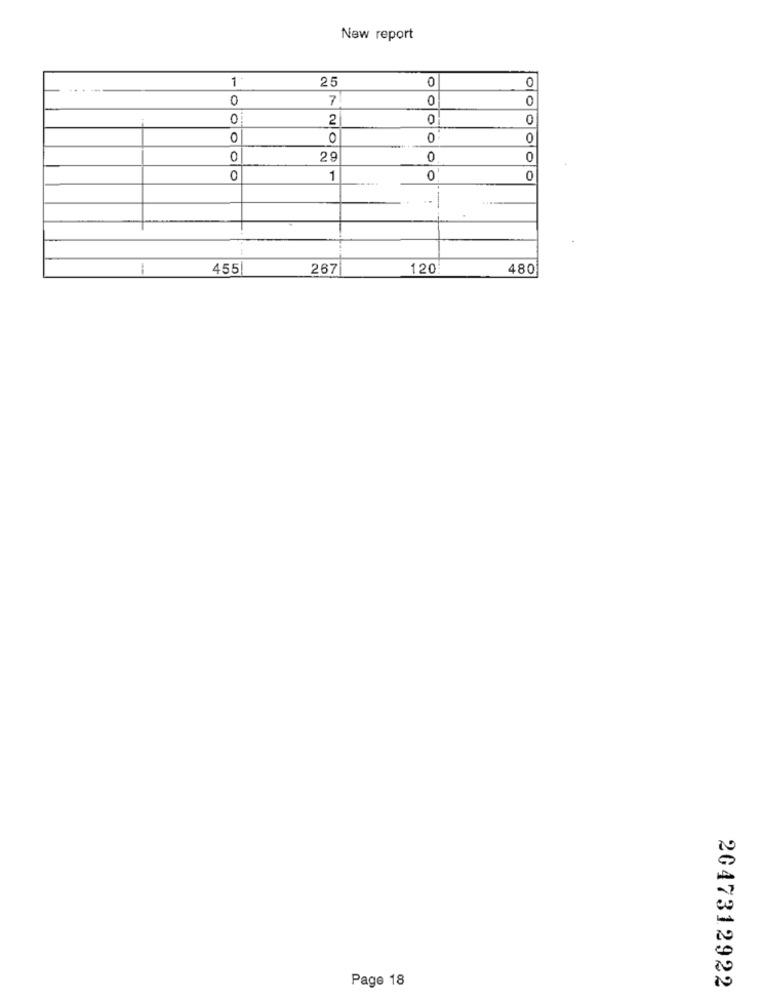
New report
1 .
25
0
0
...-
0
7
0
0
2
0
0
0
0
0
0
0
29
0
0
0
1
0
----
-
455
267
120
480
Page 18
2047312922